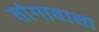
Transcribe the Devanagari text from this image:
तांगावाला